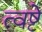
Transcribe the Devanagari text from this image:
त्वष्टे